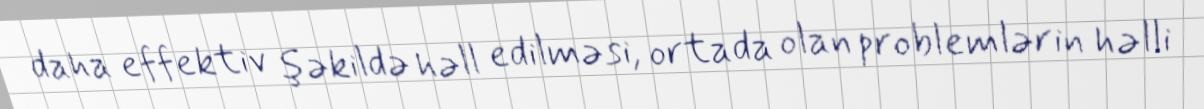
daha effektiv şəkildə həll edilməsi, ortada olan problemlərin həlli